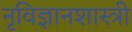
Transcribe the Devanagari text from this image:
नृविज्ञानशास्त्री